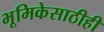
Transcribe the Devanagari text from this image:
भूमिकेसाठीही